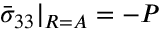
\bar { \sigma } _ { 3 3 } | _ { R = A } = - P